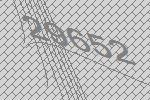
29652